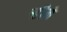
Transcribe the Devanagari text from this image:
ऱ्हीने